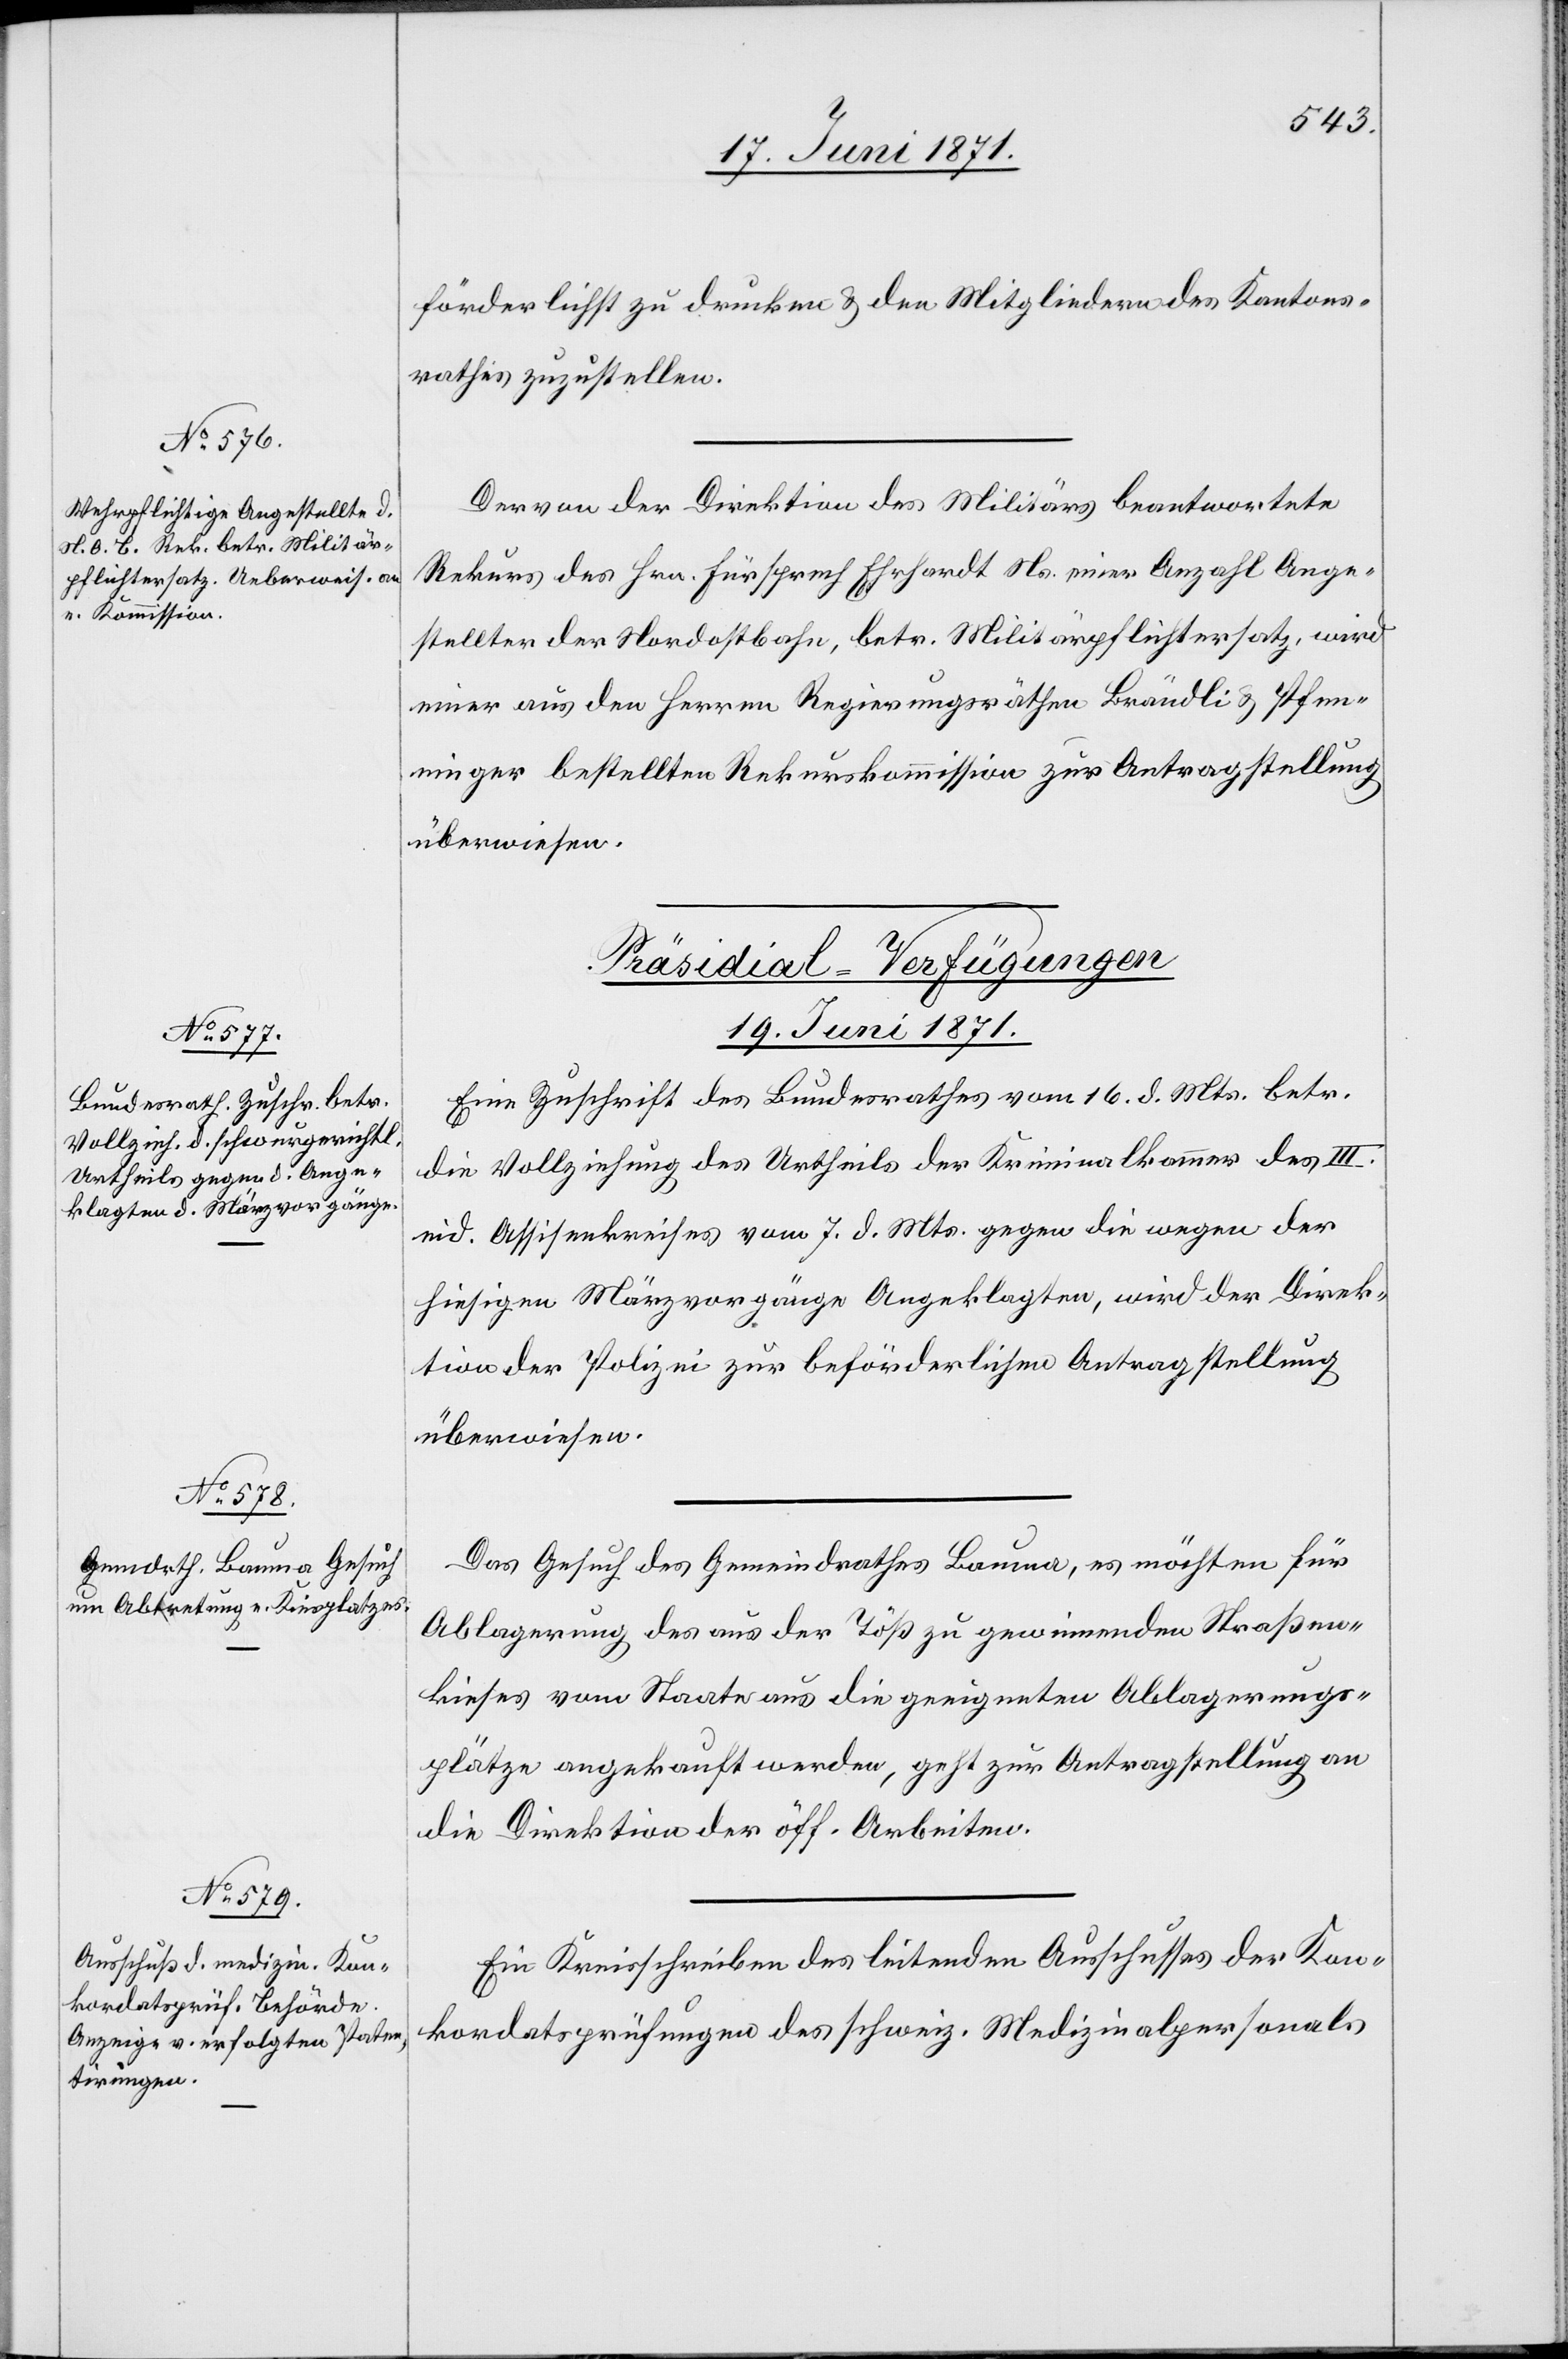
förderlichst zu drucken u. den Mitgliedern des Kantons¬
rathes zuzustellen.
Der von der Direktion des Militärs beantwortet
Rekurs des Hrn. Fürsprech Ehrhardt Ns. einer Anzahl Ange¬
stellter der Nordostbahn, betr. Militärpflichtersatz, wird
einer aus den Herren Regierungsräthen Brändli u. Pfen¬
ninger bestellten Rekurskommission zur Antragstellung
überwiesen.
[Präsidial-Verfügungen
19. Juni 1871.]
Eine Zuschrift des Bundesrathes vom 16. d. Mts. betr.
die Vollziehung des Urtheils der Kriminalkammer des III.
eid. Assisenkreises vom 7. d. Mts. gegen die wegen der
hiesigen Märzvorgänge Angeklagten, wird der Direk¬
tion der Polizei zur beförderlichen Antragstellung
überwiesen.
Das Gesuch des Gemeindrathes Bauma, es möchten für
Ablagerung des aus der Töß zu gewinnenden Straßen¬
kieses vom Staate aus die geeigneten Ablagerungs¬
plätze angekauft werden, geht zur Antragstellung an
die Direktion der öff. Arbeiten.
Ein Kreisschreiben des leitenden Ausschusses der Kon¬
kordatsprüfungen des schweiz. Medizinalpersonals